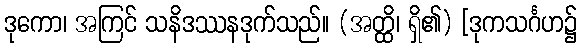
ဒုကော၊ အကြင် သနိဒဿနဒုက်သည်။ (အတ္ထိ၊ ရှိ၏) [ဒုကသင်္ဂဟ၌